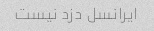
ایرانسل دزد نیست